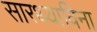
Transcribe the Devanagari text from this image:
सारथ्याविना